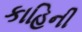
કાહિની